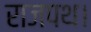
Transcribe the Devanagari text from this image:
राजपथ।